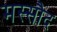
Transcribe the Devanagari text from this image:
मस्सौद